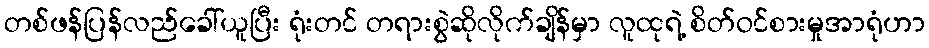
တစ်ဖန်ပြန်လည်ခေါ်ယူပြီး ရုံးတင် တရားစွဲဆိုလိုက်ချိန်မှာ လူထုရဲ့ စိတ်ဝင်စားမှုအာရုံဟာ